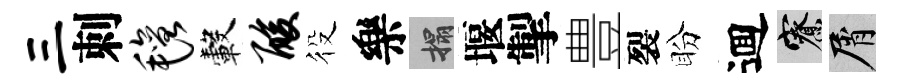
三刺毡轂酸役樂搨堰掣豊裂盼逥寮屑